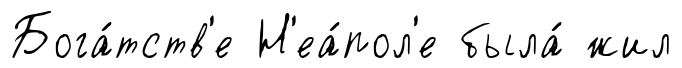
Бога́тств'е Н'еа́пол'е была́ жил